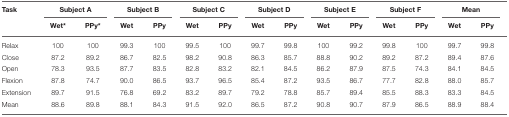
<table><thead><tr><td><b>Task</b></td><td colspan="2"><b>Subject A</b></td><td colspan="2"><b>Subject B</b></td><td colspan="2"><b>Subject C</b></td><td colspan="2"><b>Subject D</b></td><td colspan="2"><b>Subject E</b></td><td colspan="2"><b>Subject F</b></td><td colspan="2"><b>Mean</b></td></tr><tr><td></td><td><b>Wet<sup>*</sup></b></td><td><b>PPy<sup>*</sup></b></td><td><b>Wet</b></td><td><b>PPy</b></td><td><b>Wet</b></td><td><b>PPy</b></td><td><b>Wet</b></td><td><b>PPy</b></td><td><b>Wet</b></td><td><b>PPy</b></td><td><b>Wet</b></td><td><b>PPy</b></td><td><b>Wet</b></td><td><b>PPy</b></td></tr></thead><tbody><tr><td>Relax</td><td>100</td><td>100</td><td>99.3</td><td>100</td><td>99.5</td><td>100</td><td>99.7</td><td>99.8</td><td>100</td><td>99.2</td><td>99.8</td><td>100</td><td>99.7</td><td>99.8</td></tr><tr><td>Close</td><td>87.2</td><td>89.2</td><td>86.7</td><td>82.5</td><td>98.2</td><td>90.8</td><td>86.3</td><td>85.7</td><td>88.8</td><td>90.2</td><td>89.2</td><td>87.2</td><td>89.4</td><td>87.6</td></tr><tr><td>Open</td><td>78.3</td><td>93.5</td><td>87.7</td><td>83.5</td><td>82.8</td><td>83.2</td><td>82.1</td><td>84.5</td><td>86.2</td><td>87.9</td><td>87.5</td><td>74.3</td><td>84.1</td><td>84.5</td></tr><tr><td>Flexion</td><td>87.8</td><td>74.7</td><td>90.0</td><td>86.5</td><td>93.7</td><td>96.5</td><td>85.4</td><td>87.2</td><td>93.5</td><td>86.7</td><td>77.7</td><td>82.8</td><td>88.0</td><td>85.7</td></tr><tr><td>Extension</td><td>89.7</td><td>91.5</td><td>76.8</td><td>69.2</td><td>83.2</td><td>89.7</td><td>79.2</td><td>78.8</td><td>85.7</td><td>89.4</td><td>85.5</td><td>88.3</td><td>83.3</td><td>84.5</td></tr><tr><td>Mean</td><td>88.6</td><td>89.8</td><td>88.1</td><td>84.3</td><td>91.5</td><td>92.0</td><td>86.5</td><td>87.2</td><td>90.8</td><td>90.7</td><td>87.9</td><td>86.5</td><td>88.9</td><td>88.4</td></tr></tbody></table>